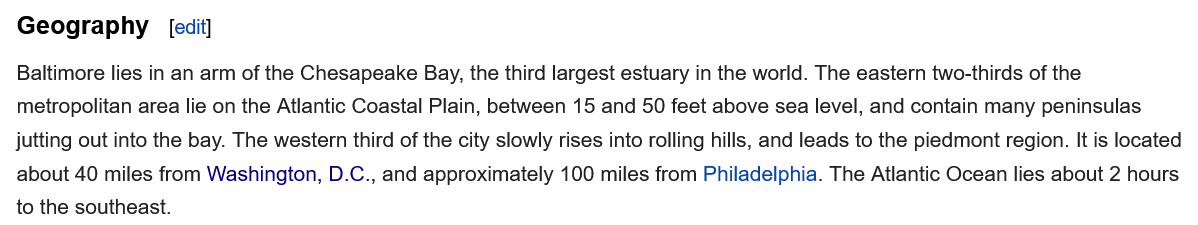
Geography
  Baltimore lies in an arm of the Chesapeake Bay, the third largest estuary in the world. The eastern two-thirds of the
  metropolitan area lie on the Atlantic Coastal Plain, between 15 and 50 feet above sea level, and contain many peninsulas
  jutting out into the bay. The western third of the city slowly rises into rolling hills, and leads to the piedmont region. It is located
  about 40 miles from Washington, D.C., and approximately 100 miles from Philadelphia. The Atlantic Ocean lies about 2 hours
  to the southeast.
     [edit]